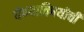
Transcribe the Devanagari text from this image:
घेण्याविषयीची